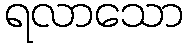
ရလာသော